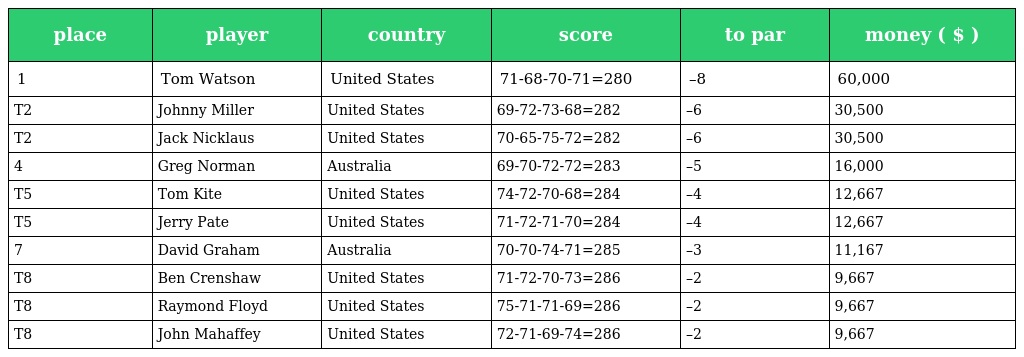
| place | player | country | score | to par | money ( $ ) |
 | --- | --- | --- | --- | --- | --- |
 | 1 | Tom Watson | United States | 71-68-70-71=280 | –8 | 60,000 |
 | T2 | Johnny Miller | United States | 69-72-73-68=282 | –6 | 30,500 |
 | T2 | Jack Nicklaus | United States | 70-65-75-72=282 | –6 | 30,500 |
 | 4 | Greg Norman | Australia | 69-70-72-72=283 | –5 | 16,000 |
 | T5 | Tom Kite | United States | 74-72-70-68=284 | –4 | 12,667 |
 | T5 | Jerry Pate | United States | 71-72-71-70=284 | –4 | 12,667 |
 | 7 | David Graham | Australia | 70-70-74-71=285 | –3 | 11,167 |
 | T8 | Ben Crenshaw | United States | 71-72-70-73=286 | –2 | 9,667 |
 | T8 | Raymond Floyd | United States | 75-71-71-69=286 | –2 | 9,667 |
 | T8 | John Mahaffey | United States | 72-71-69-74=286 | –2 | 9,667 |